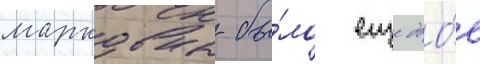
марковны бы́ло еще дво́е